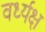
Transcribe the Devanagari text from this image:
वर्ध्यक्ष